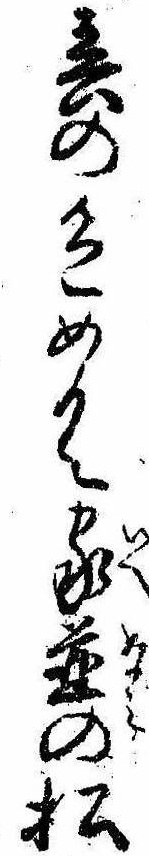
春の色めく家並の松